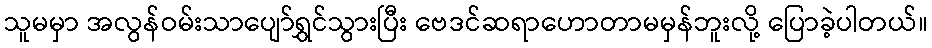
သူမမှာ အလွန်ဝမ်းသာပျော်ရွှင်သွားပြီး ဗေဒင်ဆရာဟောတာမမှန်ဘူးလို့ ပြောခဲ့ပါတယ်။